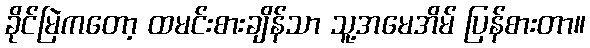
ခိုင်မြဲကတော့ ထမင်းစားချိန်သာ သူ့အမေအိမ် ပြန်စားတာ။